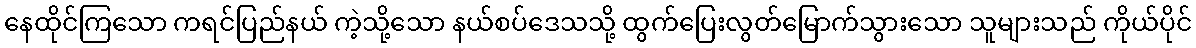
နေထိုင်ကြသော ကရင်ပြည်နယ် ကဲ့သို့သော နယ်စပ်ဒေသသို့ ထွက်ပြေးလွတ်မြောက်သွားသော သူများသည် ကိုယ်ပိုင်